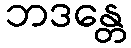
ဘဒန္တေ